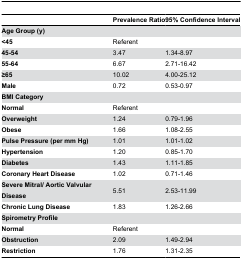
<table><thead><tr><td></td><td><b>Prevalence Ratio</b></td><td><b>95% Confidence Interval</b></td></tr></thead><tbody><tr><td><b>Age Group (y)</b></td><td></td><td></td></tr><tr><td><b>&lt;45</b></td><td>Referent</td><td></td></tr><tr><td><b>45-54</b></td><td>3.47</td><td>1.34-8.97</td></tr><tr><td><b>55-64</b></td><td>6.67</td><td>2.71-16.42</td></tr><tr><td><b>≥65</b></td><td>10.02</td><td>4.00-25.12</td></tr><tr><td><b>Male</b></td><td>0.72</td><td>0.53-0.97</td></tr><tr><td><b>BMI Category</b></td><td></td><td></td></tr><tr><td><b>Normal</b></td><td>Referent</td><td></td></tr><tr><td><b>Overweight</b></td><td>1.24</td><td>0.79-1.96</td></tr><tr><td><b>Obese</b></td><td>1.66</td><td>1.08-2.55</td></tr><tr><td><b>Pulse Pressure (per mm Hg)</b></td><td>1.01</td><td>1.01-1.02</td></tr><tr><td><b>Hypertension</b></td><td>1.20</td><td>0.85-1.70</td></tr><tr><td><b>Diabetes</b></td><td>1.43</td><td>1.11-1.85</td></tr><tr><td><b>Coronary Heart Disease</b></td><td>1.02</td><td>0.71-1.46</td></tr><tr><td><b>Severe Mitral/ Aortic Valvular Disease</b></td><td>5.51</td><td>2.53-11.99</td></tr><tr><td><b>Chronic Lung Disease</b></td><td>1.83</td><td>1.26-2.66</td></tr><tr><td colspan="3"><b>Spirometry Profile</b></td></tr><tr><td><b>Normal</b></td><td>Referent</td><td></td></tr><tr><td><b>Obstruction</b></td><td>2.09</td><td>1.49-2.94</td></tr><tr><td><b>Restriction</b></td><td>1.76</td><td>1.31-2.35</td></tr></tbody></table>